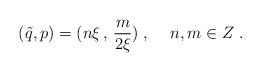
LaTeX: \begin{align*}(\tilde{q},p)=(n\xi\, ,\, \frac{m}{2\xi})\; ,\hspace{.5cm}n,m\in Z\; .\end{align*}